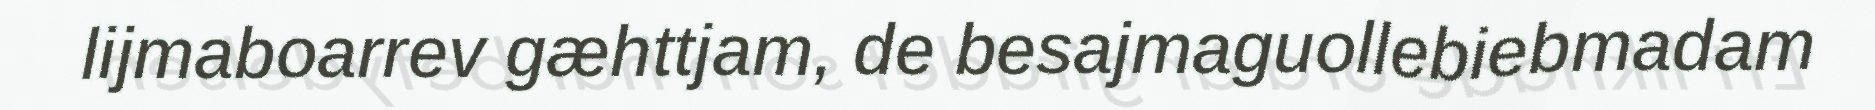
lijmaboarrev gæhttjam, de besajmaguollebiebmadam